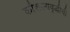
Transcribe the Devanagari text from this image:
कौशल्यवृद्धीची